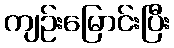
ကျဉ်းမြောင်းပြီး